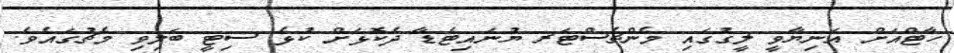
ހާޓްއަށް އަނިޔާވީ ލީގުގައި މެންޗެސްޓަރ ޔުނައިޓެޑާ ދެކޮޅަށް ކުޅެ ސިޓީ ބަލިވި މެޗުގައެވެ.